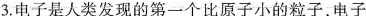
3.电子是人类发现的第一个比原子小的粒子，电子